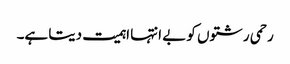
رحمی رشتوں کو بے انتہا اہمیت دیتا ہے۔